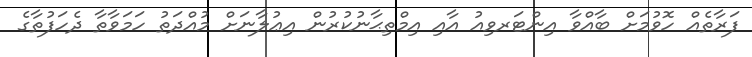
ފަރާތެއް ހޮވުމަށް ބާއްވާ އިންޓަރވިއު އާއި އިމްތިޙާނުކުރުން އިޢުލާނަށް މުއްދަތު ހަމަވާތާ ދެހަފުތާގެ